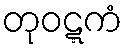
တုဝဋ္ဋကံ